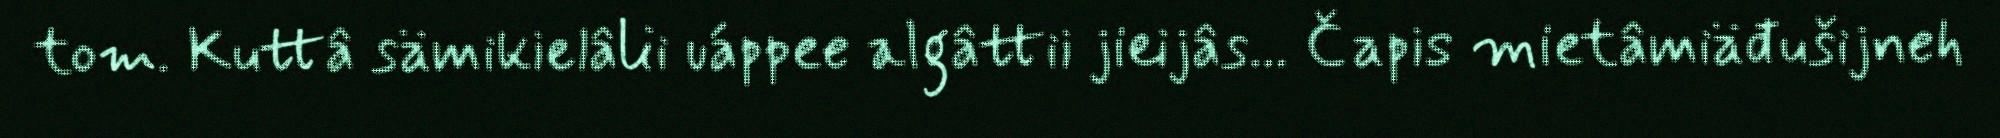
tom. Kuttâ sämikielâlii uáppee algâttii jieijâs... Čapis mietâmiäđušijneh